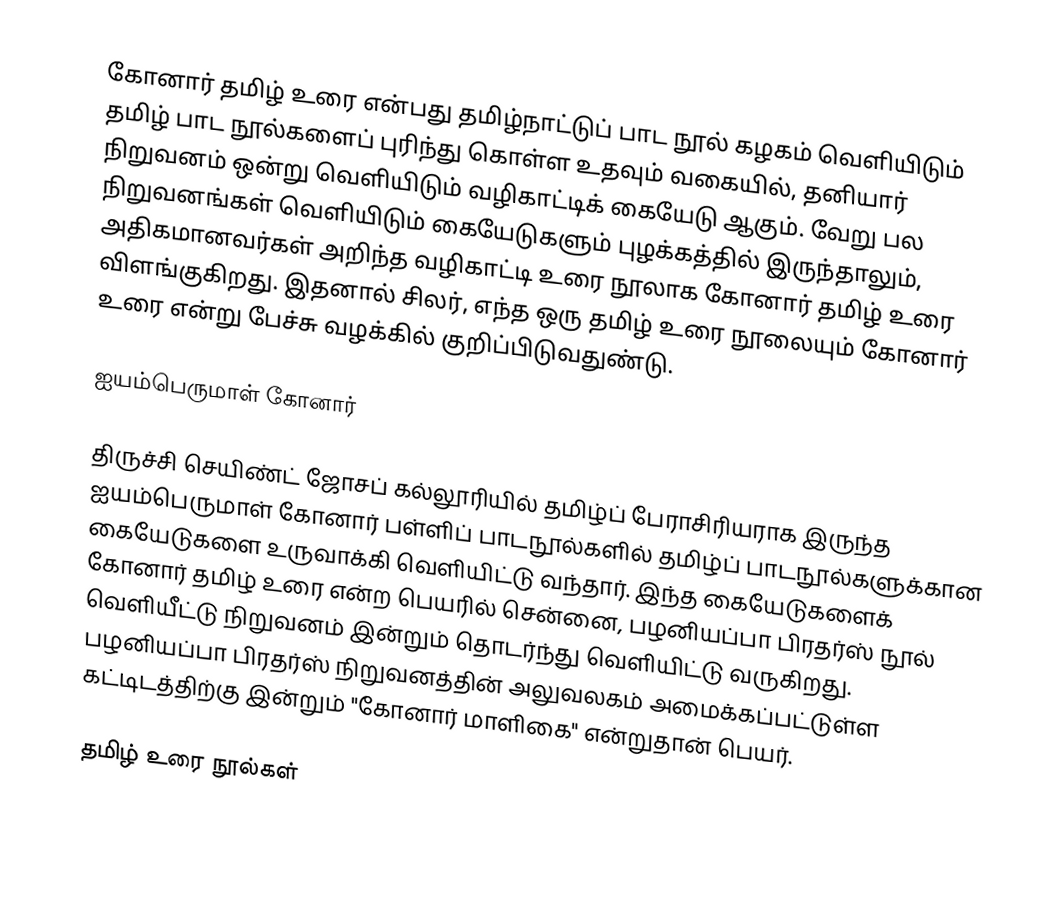
கோனார் தமிழ் உரை என்பது தமிழ்நாட்டுப் பாட நூல் கழகம் வெளியிடும் தமிழ் பாட நூல்களைப் புரிந்து கொள்ள உதவும் வகையில், தனியார் நிறுவனம் ஒன்று வெளியிடும் வழிகாட்டிக் கையேடு ஆகும். வேறு பல நிறுவனங்கள் வெளியிடும் கையேடுகளும் புழக்கத்தில் இருந்தாலும், அதிகமானவர்கள் அறிந்த வழிகாட்டி உரை நூலாக கோனார் தமிழ் உரை விளங்குகிறது. இதனால் சிலர், எந்த ஒரு தமிழ் உரை நூலையும் கோனார் உரை என்று பேச்சு வழக்கில் குறிப்பிடுவதுண்டு.

ஐயம்பெருமாள் கோனார்

திருச்சி செயிண்ட் ஜோசப் கல்லூரியில் தமிழ்ப் பேராசிரியராக இருந்த ஐயம்பெருமாள் கோனார் பள்ளிப் பாடநூல்களில் தமிழ்ப் பாடநூல்களுக்கான கையேடுகளை உருவாக்கி வெளியிட்டு வந்தார். இந்த கையேடுகளைக் கோனார் தமிழ் உரை என்ற பெயரில் சென்னை, பழனியப்பா பிரதர்ஸ் நூல் வெளியீட்டு நிறுவனம் இன்றும் தொடர்ந்து வெளியிட்டு வருகிறது. பழனியப்பா பிரதர்ஸ் நிறுவனத்தின் அலுவலகம் அமைக்கப்பட்டுள்ள கட்டிடத்திற்கு இன்றும் "கோனார் மாளிகை" என்றுதான் பெயர்.

தமிழ் உரை நூல்கள்